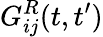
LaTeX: G_{ij}^{R}(t,t^{\prime})